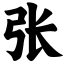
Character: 张